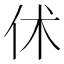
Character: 𠇲